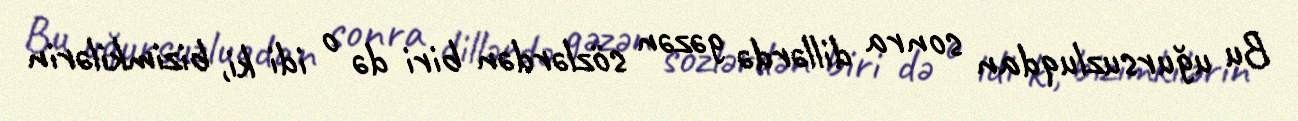
Bu uğursuzluqdan sonra dillərdə gəzən sözlərdən biri də o idi ki, bizimkilərin